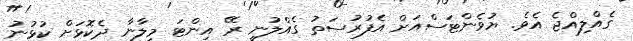
ގެއްލިއްޖެ އެވެ. ޔުވެންޓަސްއަށް އެފުރުސަތު ގެއްލުނީ ރޭ އިންޓަ މިލާނާ ދެކޮޅަށް ކުޅުނު